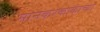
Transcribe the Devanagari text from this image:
मानकरकाकांच्या